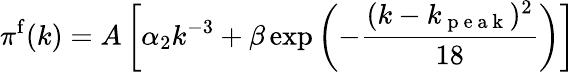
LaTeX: \pi^{\mathrm{f}}(k)=A\left[\alpha_{2}k^{-3}+\beta\exp\left(-\frac{(k-k_{\mathrm{~p~e~a~k~}})^{2}}{18}\right)\right]